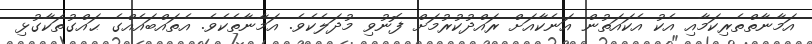
އަމާނާތްތެރިކަމާއި އެކު އެކައަތުން އަނެކާއަށް ރައްދުކުރުމަށް ފޮނުވި މުދަލެކެވެ. އަމާނާތެކެވެ. އެތައްބައެއްގެ ޙައްގުތަކާގުޅި